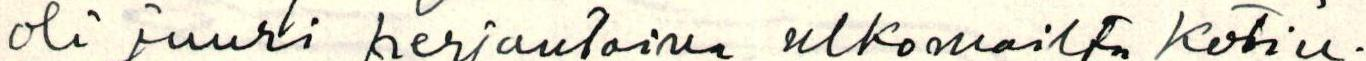
oli juuri perjantaina ulkomailta kotiu-